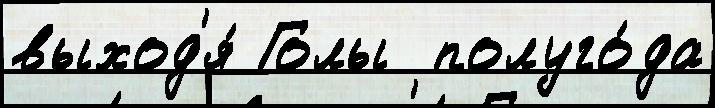
выход'я́ Голы  полуго́да